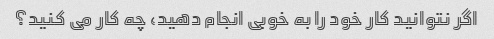
اگر نتوانید کار خود را به خوبی انجام دهید، چه کار می کنید؟